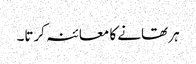
ہر تھانے کا معائنہ کرتا۔